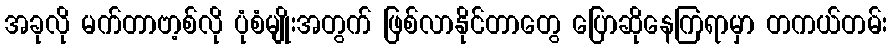
အခုလို မက်တာဗာ့စ်လို ပုံစံမျိုးအတွက် ဖြစ်လာနိုင်တာတွေ ပြောဆိုနေကြရာမှာ တကယ်တမ်း